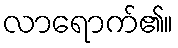
လာရောက်၏။